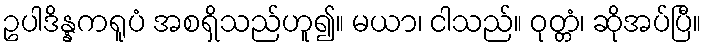
ဥပါဒိန္နကရူပံ အစရှိသည်ဟူ၍။ မယာ၊ ငါသည်။ ဝုတ္တံ၊ ဆိုအပ်ပြီ။